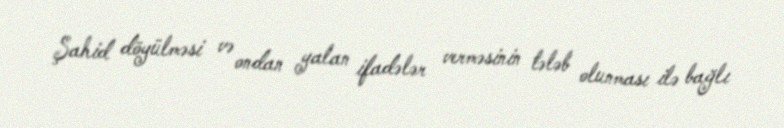
Şahid döyülməsi və ondan yalan ifadələr verməsinin tələb olunması ilə bağlı